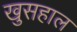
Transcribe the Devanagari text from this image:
खुसहाल